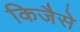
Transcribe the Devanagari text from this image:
किजैसे